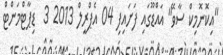
"އިކޮނޮމިކް ސާވޭ" އައްޑޫގައި ފަށައިފި 04 އެޕްރީލް 2013 3  ޑިޕާޓްމަންޓް